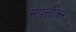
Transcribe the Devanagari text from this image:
संपत्तीकर